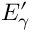
E _ { \gamma } ^ { \prime }